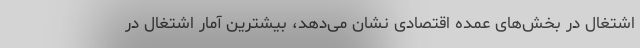
اشتغال در بخش‌های عمده اقتصادی نشان می‌دهد، بیشترین آمار اشتغال در